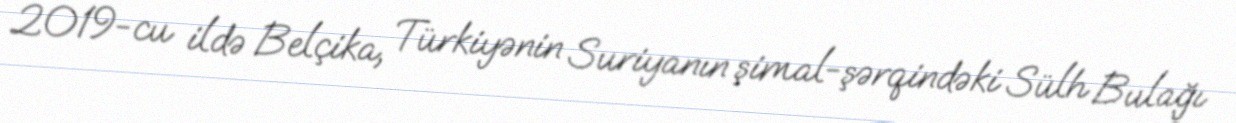
2019-cu ildə Belçika, Türkiyənin Suriyanın şimal-şərqindəki Sülh Bulağı